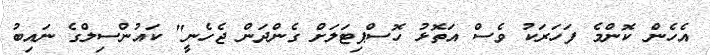
އެހެން ކޮންމެ ފަހަރަކު ވެސް އަތޮޅު ހޮސްޕިޓަލަށް ގެންދަން ޖެހެނީ" ކައުންސިލްގެ ނައިބު